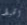
الخيط